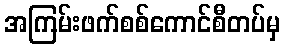
အကြမ်းဖက်စစ်ကောင်စီတပ်မှ